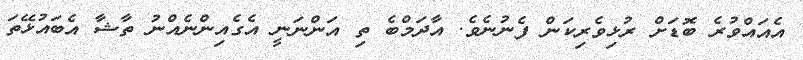
އެއައްވުރެ ބޮޑަށް ރުޅިވެރިކަން ފެނުނެވެ. އާދަމްބެ ތި އަންނަނީ އެގެއިންނެއްނު ތާޝާ އެބައުޅޭތަ